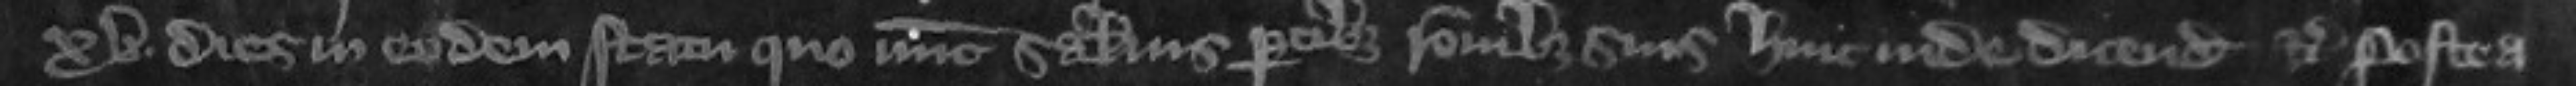
xv dies in eodem statu quo nunc salvis partibus rationibus suis hinc inde dicendis etc Postea